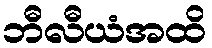
ဘီလီယံအထိ